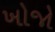
ખોજો